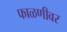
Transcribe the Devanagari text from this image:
फाळणीवर